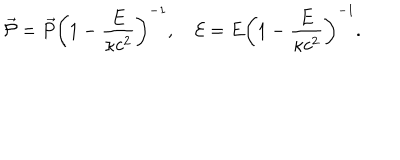
LaTeX: \vec { \cal { P } } = \vec { P } \left( 1 - \frac { E } { \kappa c ^ { 2 } } \right) ^ { - 1 } , \quad { \cal { E } } = E \left( 1 - \frac { E } { \kappa c ^ { 2 } } \right) ^ { - 1 } .